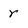
Character: r